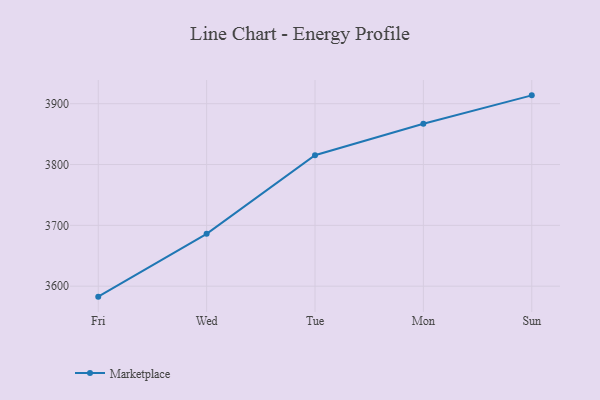
{"axis": {"x": "Day", "y": "Operating Costs (USD K)"}, "legend": ["Marketplace"], "data": [{"x": "Fri", "y": 3582.8, "type": "Marketplace"}, {"x": "Wed", "y": 3686.0, "type": "Marketplace"}, {"x": "Tue", "y": 3815.2, "type": "Marketplace"}, {"x": "Mon", "y": 3867.1, "type": "Marketplace"}, {"x": "Sun", "y": 3913.7, "type": "Marketplace"}]}